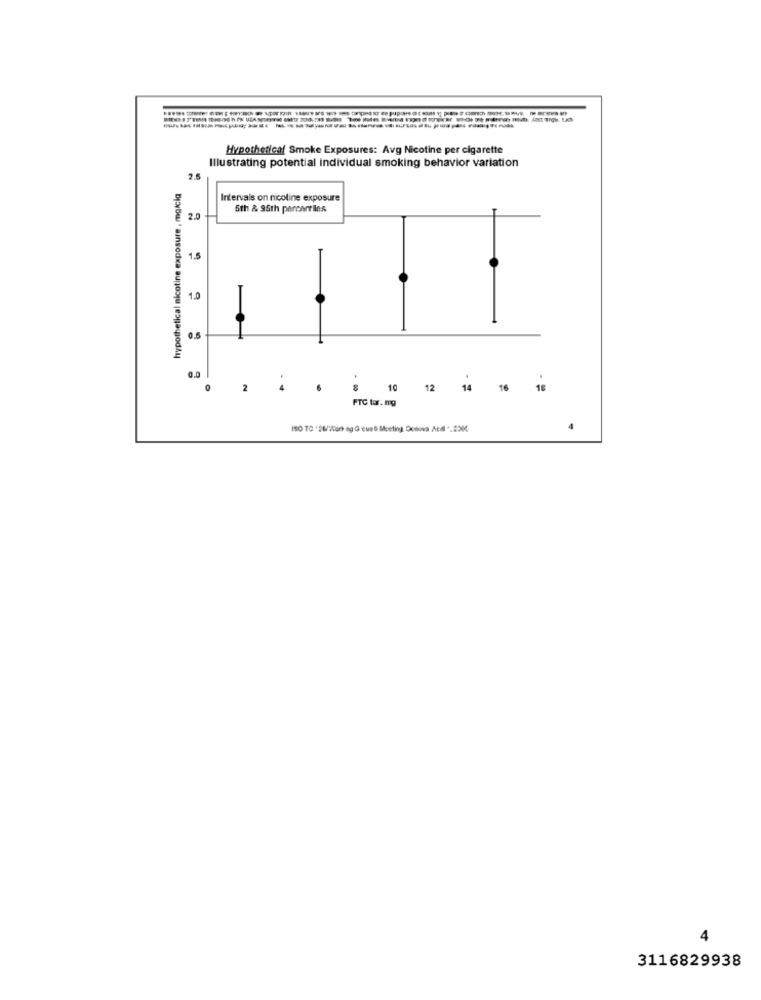
Hypothetical Smoke Exposures: Avg Nicotine per cigarette
Illustrating potential individual smoking behavior variation
2.5
hypothetical nicotine exposure , mg/cia
Intervals on nicoline exposure
5th & 95th percentiles
2.0
1.5
1.0
2
.
8 10 12 14 16
18
PTC tor. ng
4
3116829938